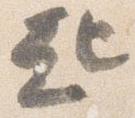
起